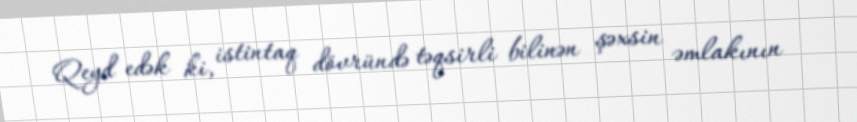
Qeyd edək ki, istintaq dövründə təqsirli bilinən şəxsin əmlakının